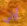
أرتي